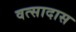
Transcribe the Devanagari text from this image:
वत्सादास